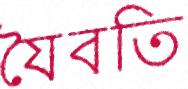
যৈবতি